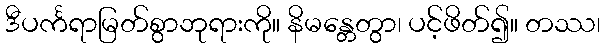
ဒီပင်္ကရာမြတ်စွာဘုရားကို။ နိမန္တေတွာ၊ ပင့်ဖိတ်၍။ တဿ၊